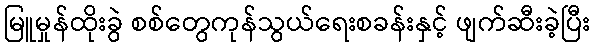
မြူမှုန်ထိုးခွဲ စစ်တွေကုန်သွယ်ရေးစခန်းနှင့် ဖျက်ဆီးခဲ့ပြီး